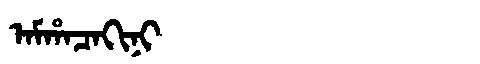
Manchu: ᠠᠮᡥᠠᠴᠠᡴᡳᠨᡳ
Romanization: AMHACAKINI